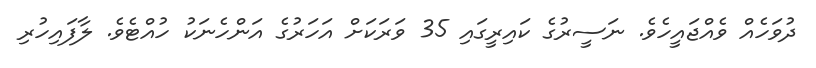
ދުވަހެއް ވެއްޖައީހެވެ. ނަސީރުގެ ކައިރީގައި 35 ވަރަކަށް އަހަރުގެ އަންހެނަކު ހުއްޓެވެ. ލާފައިހުރި